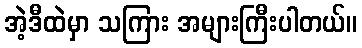
အဲ့ဒီထဲမှာ သကြား အများကြီးပါတယ်။